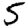
Digit: 5